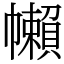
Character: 𢅭